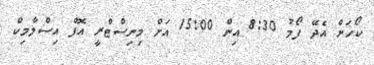
ކޯހަށް އެދޭ ފޯމު 8:30 އިން 15:00 އަށް މިނިސްޓްރީ އޮފް އިސްލާމިކް